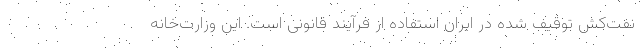
نفت‌کش توقیف شده در ایران استفاده از فرآیند قانونی است. این وزارت‌خانه